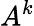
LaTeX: A^{k}